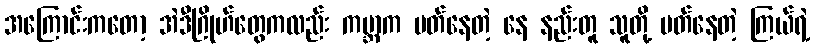
အကြောင်းကတော့ အဲဒီဂြိုဟ်တွေကလည်း ကမ္ဘာက ပတ်နေတဲ့ နေ နည်းတူ သူတို့ ပတ်နေတဲ့ ကြယ်ရဲ့